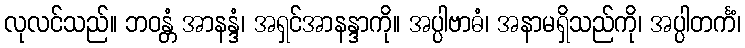
လုလင်သည်။ ဘဝန္တံ အာနန္ဒံ၊ အရှင်အာနန္ဒာကို။ အပ္ပါဗာဓံ၊ အနာမရှိသည်ကို၊ အပ္ပါတင်္ကံ၊